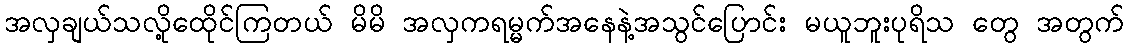
အလှချယ်သလို့ထေိုင်ကြတယ် မိမိ အလှကရမ္မက်အနေနဲ့အသွင်ပြောင်း မယူဘူးပုရိသ တွေ အတွက်